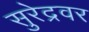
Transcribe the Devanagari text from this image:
सुरेद्रवर